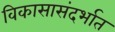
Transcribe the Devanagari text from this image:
विकासासंदर्भात